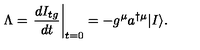
\Lambda = \left. \frac { d I _ { t g } } { d t } \right| _ { t = 0 } = - g ^ { \mu } a ^ { \dagger \mu } | I \rangle .